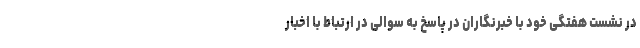
در نشست هفتگی خود با خبرنگاران در پاسخ به سوالی در ارتباط با اخبار